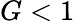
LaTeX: G<1